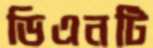
ডিএনটি